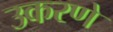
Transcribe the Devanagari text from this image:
उकरणे